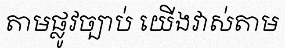
តាមផ្លូវច្បាប់ យើងវាស់តាម